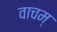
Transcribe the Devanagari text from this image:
वाचम्